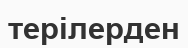
терілерден